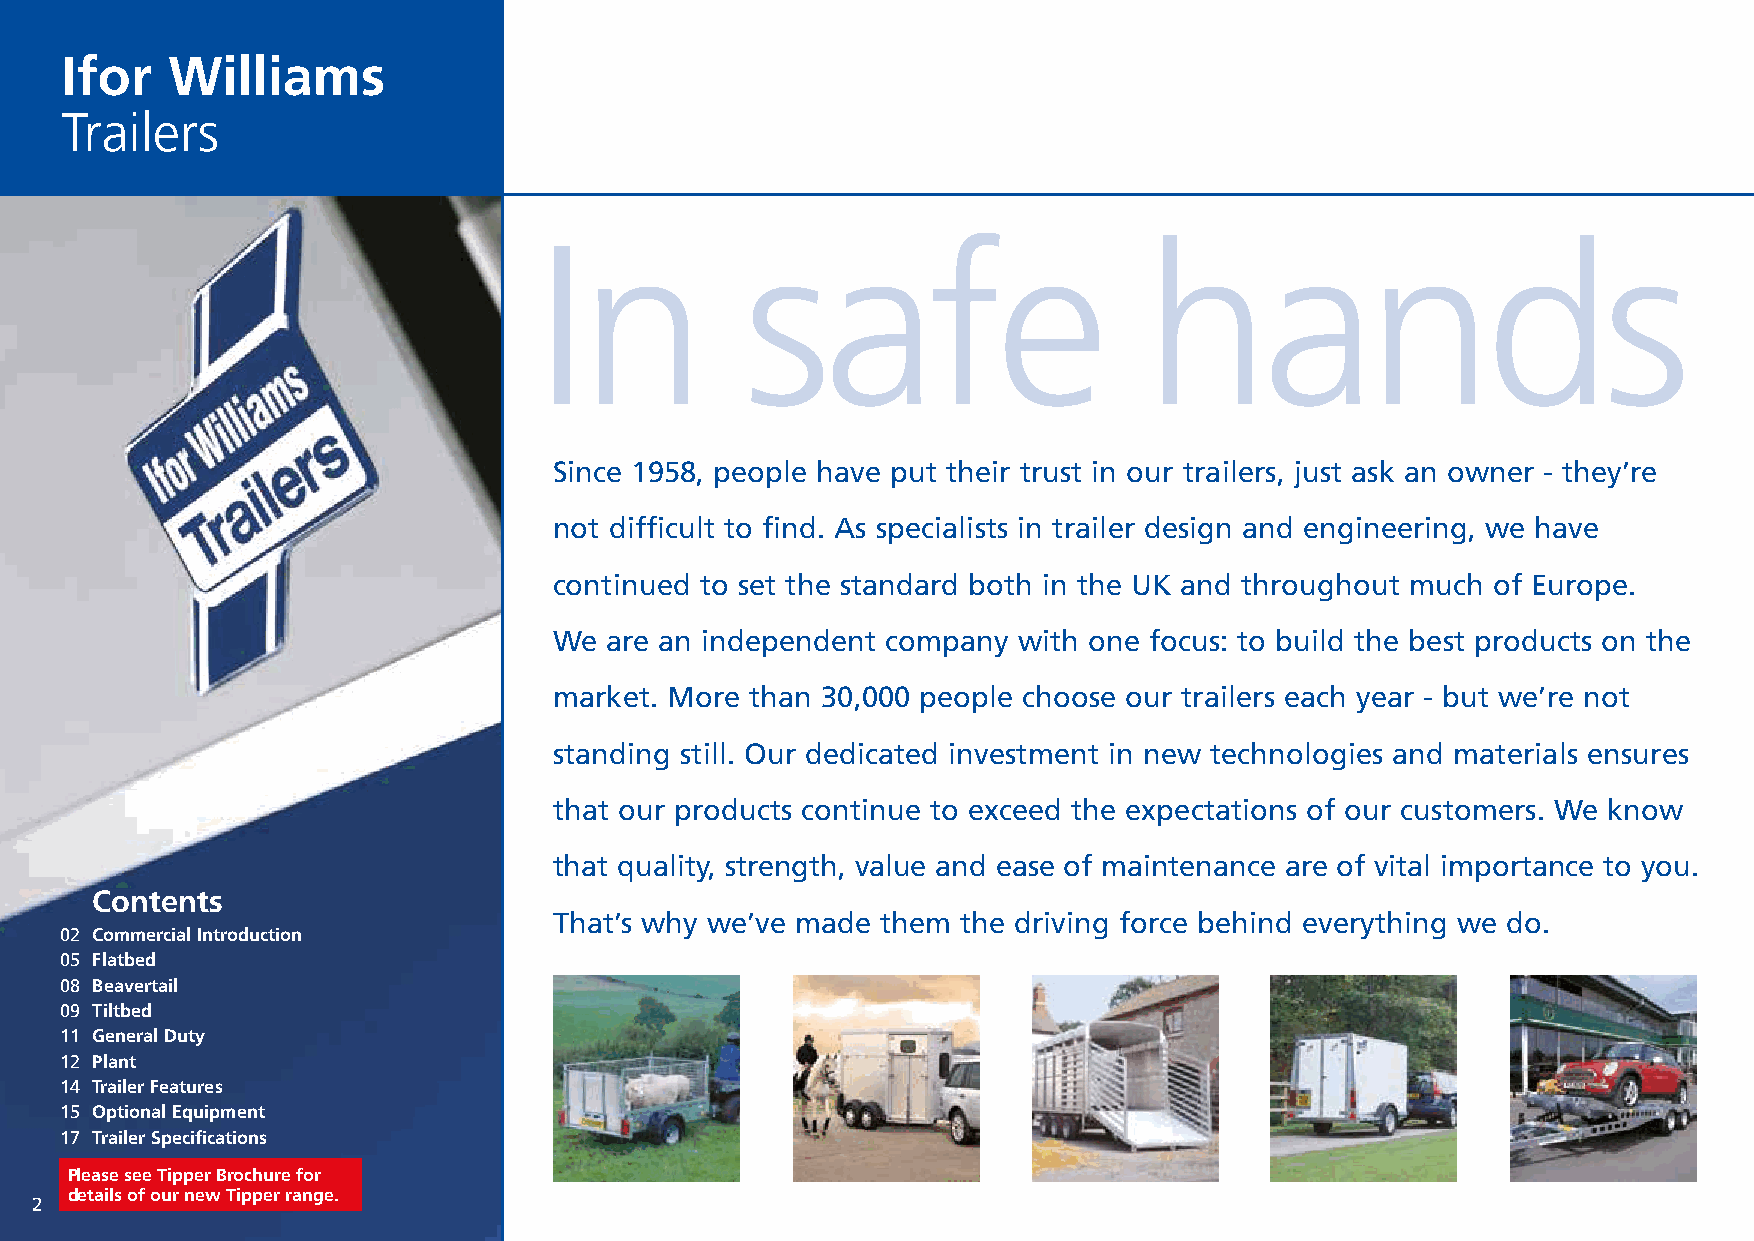
Commercial Brochure 04_12 21/12/15 12:59 Page 2
 Ifor   Williams
 Trailers
 In           safe                       hands
 Since 1958, people have put their trust in our trailers, just ask an owner - they’re
 not difficult to find. As specialists in trailer design and engineering, we have
 continued to set the standard both in the UK and throughout much of Europe.
 We are an independent company with one focus: to build the best products on the
 market. More than 30,000 people choose our trailers each year - but we’re not
 standing still. Our dedicated investment in new technologies and materials ensures
 that our products continue to exceed the expectations of our customers. We know
 that quality, strength, value and ease of maintenance are of vital importance to you.
 Contents
 That’s why we’ve made them the driving force behind everything we do.
 02 Commercial Introduction
 05 Flatbed
 08 Beavertail
 09 Tiltbed
 11 General Duty
 12 Plant
 14 Trailer Features
 15 Optional Equipment
 17 Trailer Specifications
 Please see Tiltbed Brochure for
 Please see Tipper Brochure for
 details of our new Tiltbed range.
 details of our new Tipper range.
 2